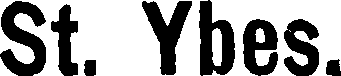
St. Ybes.